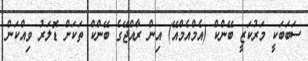
ސަބަބަކީ މަރުކަޒީ ބޭންކް (އެމްއެމްއޭ) އިން ރާއްޖޭގެ ބޭންކް ތަކަށް ޑޮލަރު ވިއްކަން